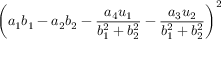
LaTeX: \left( a _ { 1 } b _ { 1 } - a _ { 2 } b _ { 2 } - { \frac { a _ { 4 } u _ { 1 } } { b _ { 1 } ^ { 2 } + b _ { 2 } ^ { 2 } } } - { \frac { a _ { 3 } u _ { 2 } } { b _ { 1 } ^ { 2 } + b _ { 2 } ^ { 2 } } } \right) ^ { 2 }